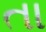
તા